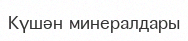
Күшән минералдары